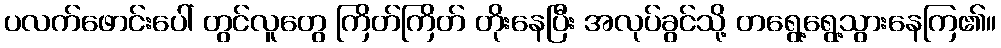
ပလက်ဖောင်းပေါ် တွင်လူတွေ ကြိတ်ကြိတ် တိုးနေပြီး အလုပ်ခွင်သို့ တရွေ့ရွေ့သွားနေကြ၏။